Report on vaccination in the Province of Bengal - 1874-1889
Year: 1874
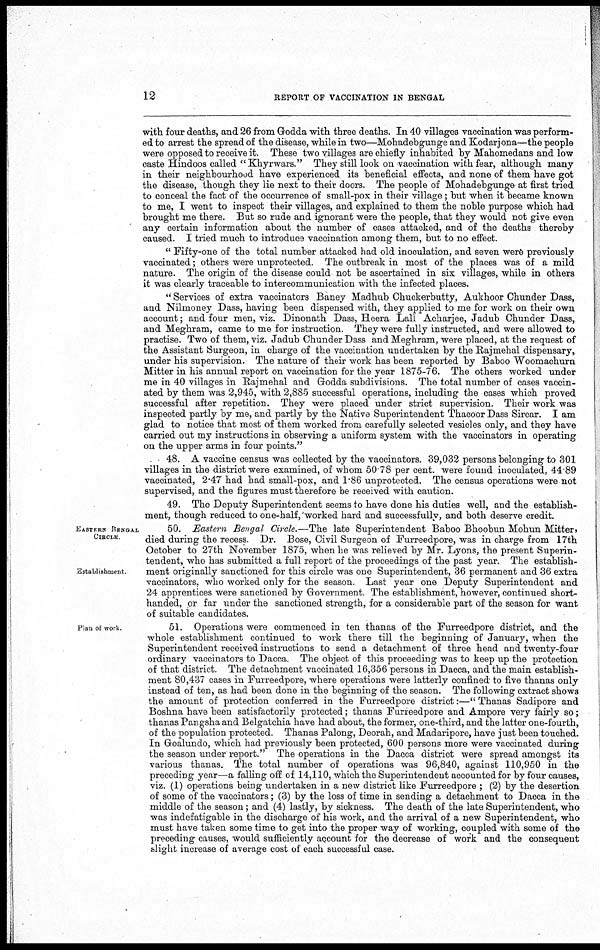
12
REPORT OF VACCINATION IN BENGAL
with four deaths, and 26 from Godda with three deaths. In 40 villages vaccination was perform-
ed to arrest the spread of the disease, while in two—Mohadebgunge and Kodarjona—the people
were opposed to receive it. These two villages are chiefly inhabited by Mahomedans and low
caste Hindoos called "Khyrwars." They still look on vaccination with fear, although many
in their neighbourhood have experienced its beneficial effects, and none of them have got
the disease, though they lie next to their doors. The people of Mohadebgunge at first tried
to conceal the fact of the occurrence of small-pox in their village; but when it became known
to me, I went to inspect their villages, and explained to them the noble purpose which had
brought me there. But so rude and ignorant were the people, that they would not give even
any certain information about the number of cases attacked, and of the deaths thereby
caused. I tried much to introduce vaccination among them, but to no effect.
"Fifty-one of the total number attacked had old inoculation, and seven were previously
vaccinated; others were unprotected. The outbreak in most of the places was of a mild
nature. The origin of the disease could not be ascertained in six villages, while in others
it was clearly traceable to intercommunication with the infected places.
" Services of extra vaccinators Baney Madhub Chuckerbutty, Aukhoor Chunder Dass,
and Nilmoney Dass, having been dispensed with, they applied to me for work on their own
account; and four men, viz. Dinonath Dass, Heera Lall Acharjee, Jadub Chunder Dass,
and Meghram, came to me for instruction. They were fully instructed, and were allowed to
practise. Two of them, viz. Jadub Chunder Dass and Meghram, were placed, at the request of
the Assistant Surgeon, in charge of the vaccination undertaken by the Rajmehal dispensary,
under his supervision. The nature of their work has been reported by Baboo Woomachurn
Mitter in his annual report on vaccination for the year 1875-76. The others worked under
me in 40 villages in Rajmehal and Godda subdivisions. The total number of cases vaccin-
ated by them was 2,945, with 2,885 successful operations, including the cases which proved
successful after repetition. They were placed under strict supervision. Their work was
inspected partly by me, and partly by the Native Superintendent Thacoor Dass Sircar. I am
glad to notice that most of them worked from carefully selected vesicles only, and they have
carried out my instructions in observing a uniform system with the vaccinators in operating
on the upper arms in four points."
48. A vaccine census was collected by the vaccinators. 39,032 persons belonging to 301
villages in the district were examined, of whom 50 78 per cent. were found inoculated, 44.89
vaccinated, 2.47 had had small-pox, and 1.86 unprotected. The census operations were not
supervised, and the figures must therefore be received with caution.
49. The Deputy Superintendent seems to have done his duties well, and the establish-
ment, though reduced to one-half, worked hard and successfully, and both deserve credit.
EASTERN BENGAL
CIRCLE
Establishment.
50. Eastern Bengal Circle.—The late Superintendent Baboo Bhoobun Mohun Mitter,
died during the recess. Dr. Bose, Civil Surgeon of Furreedpore, was in charge from 17th
October to 27th November 1875, when he was relieved by Mr. Lyons, the present Superin-
tendent, who has submitted a full report of the proceedings of the past year. The establish-
ment originally sanctioned for this circle was one Superintendent, 36 permanent and 36 extra
vaccinators, who worked only for the season. Last year one Deputy Superintendent and
24 apprentices were sanctioned by Government The establishment, however, continued short-
handed, or far under the sanctioned strength, for a considerable part of the season for want
of suitable candidates.
Plan of work.
51. Operations were commenced in ten thanas of the Furreedpore district, and the
whole establishment continued to work there till the beginning of January, when the
Superintendent received instructions to send a detachment of three head and twenty-four
ordinary vaccinators to Dacca. The object of this proceeding was to keep up the protection
of that district. The detachment vaccinated 16,356 persons in Dacca, and the main establish-
ment 80,437 cases in Furreedpore, where operations were latterly confined to five thanas only
instead of ten, as had been done in the beginning of the season. The following extract shows
the amount of protection conferred in the Furreedpore district:—" Thanas Sadipore and
Boshna have been satisfactorily protected; thanas Furreedpore and Ampore very fairly so;
thanas Pangsha and Belgatchia have had about, the former, one-third, and the latter one-fourth,
of the population protected. Thanas Palong, Deorah, and Madaripore, have just been touched.
In Goalundo, which had previously been protected, 600 persons more were vaccinated during
the season under report." The operations in the Dacca district were spread amongst its
various thanas. The total number of operations was 96,840, against 110,950 in the
preceding year—a falling off of 14,110, which the Superintendent accounted for by four causes,
viz. (1) operations being undertaken in a new district like Furreedpore ; (2) by the desertion
of some of the vaccinators; (3) by the loss of time in sending a detachment to Dacca in the
middle of the season; and (4) lastly, by sickness. The death of the late Superintendent, who
was indefatigable in the discharge of his work, and the arrival of a new Superintendent, who
must have taken some time to get into the proper way of working, coupled with some of the
preceding causes, would sufficiently account for the decrease of work and the consequent
slight increase of average cost of each successful case.